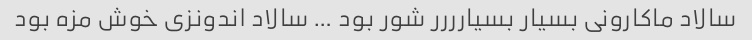
سالاد ماکارونی بسیار بسیارررر شور بود … سالاد اندونزی خوش مزه بود